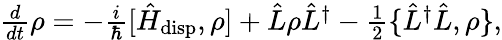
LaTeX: \begin{array}{r}{\frac{d}{dt}\rho=-\frac{i}{\hbar}[\hat{H}_{\mathrm{disp}},\rho]+\hat{L}\rho\hat{L}^{\dagger}-\frac{1}{2}\{ \hat{L}^{\dagger}\hat{L},\rho\} ,}\end{array}